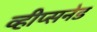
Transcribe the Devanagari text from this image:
व्हीप्सनेड